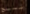
مسبح